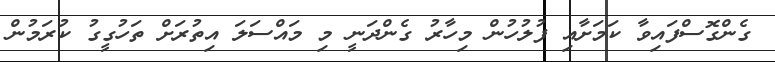
ގެންގޮސްފައިވާ ކަމަށާއި ފުލުހުން މިހާރު ގެންދަނީ މި މައްސަލަ އިތުރަށް ތަހުގީގު ކުރަމުން